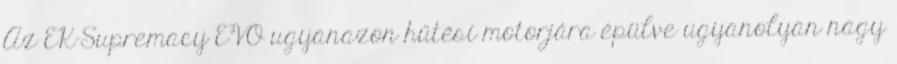
Az EK-Supremacy EVO ugyanazon hűtési motorjára épülve ugyanolyan nagy